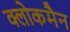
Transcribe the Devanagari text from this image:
क्लोकमैन